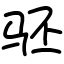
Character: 𬳵